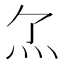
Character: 𤆒